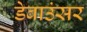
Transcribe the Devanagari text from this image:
डेबाउंसर